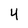
Character: 4